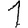
Digit: 1